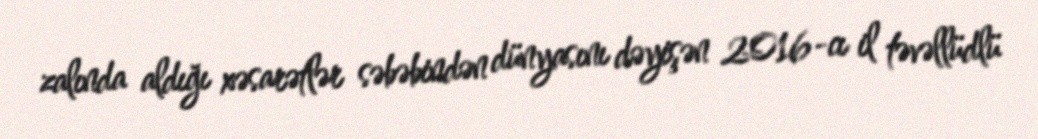
zalında aldığı xəsarətlər səbəbindən dünyasını dəyişən 2016-cı il təvəllüdlü